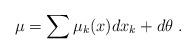
LaTeX: \begin{align*}\mu = \sum \mu_k(x) dx_k + d\theta \ .\end{align*}